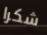
شكرا